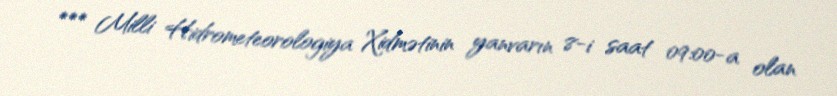
*** Milli Hidrometeorologiya Xidmətinin yanvarın 8-i saat 09:00-a olan